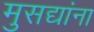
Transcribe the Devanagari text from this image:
मुसद्यांना